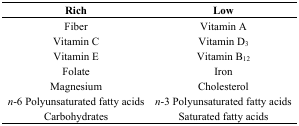
<table><thead><tr><td><b>Rich</b></td><td><b>Low</b></td></tr></thead><tbody><tr><td>Fiber</td><td>Vitamin A</td></tr><tr><td>Vitamin C</td><td>Vitamin D<sub>3</sub></td></tr><tr><td>Vitamin E</td><td>Vitamin B<sub>12</sub></td></tr><tr><td>Folate</td><td>Iron</td></tr><tr><td>Magnesium</td><td>Cholesterol</td></tr><tr><td><i>n</i>-6 Polyunsaturated fatty acids</td><td><i>n</i>-3 Polyunsaturated fatty acids</td></tr><tr><td>Carbohydrates</td><td>Saturated fatty acids</td></tr></tbody></table>